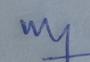
Signature authenticity: genuine